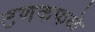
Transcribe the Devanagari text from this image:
टणकफळे